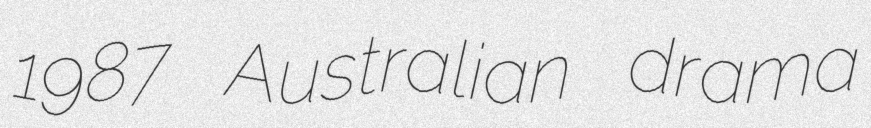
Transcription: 1987 Australian drama